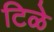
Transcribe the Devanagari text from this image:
टिळे